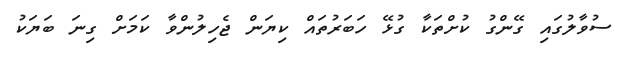
ސުވާލުގައި ގޭންގު ކުށްތަކާ ގުޅޭ ހަބަރުތައް ކިޔަން ޖެހިލުންވާ ކަމަށް ގިނަ ބަޔަކު